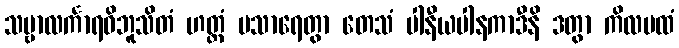
သဗ္ဗာလင်္ကာရဝိဘူသိတံ ဟတ္ထံ ပသာရေတွာ တေသံ ပါနီယပါနကာဒီနိ ဒတွာ ကိလမထံ